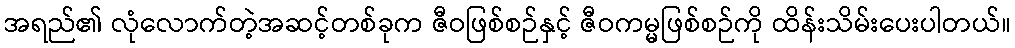
အရည်၏ လုံလောက်တဲ့အဆင့်တစ်ခုက ဇီဝဖြစ်စဉ်နှင့် ဇီဝကမ္မဖြစ်စဉ်ကို ထိန်းသိမ်းပေးပါတယ်။